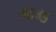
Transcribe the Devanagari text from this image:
४६४५